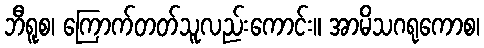
ဘီရူစ၊ ကြောက်တတ်သူလည်းကောင်း။ အာမိသဂရုကောစ၊